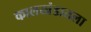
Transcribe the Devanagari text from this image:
कालखंडातला